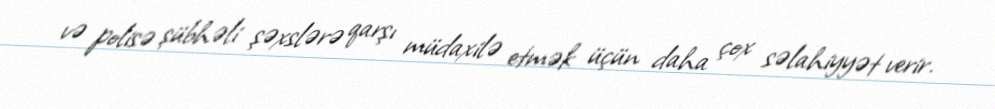
və polisə şübhəli şəxslərə qarşı müdaxilə etmək üçün daha çox səlahiyyət verir.